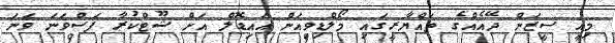
މިއީ ސީޒަން ދޭއެއްގެ ތައްޔާރީގައި މޯލްޑިވިއަން އައިޑޮލް އަށް ޝޫޓްކުރާ ފަސްވަނަ ވަނަ